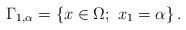
LaTeX: \begin{align*}\Gamma_{1,\alpha}=\{x\in\Omega;\ x_1= \alpha\}\,.\end{align*}